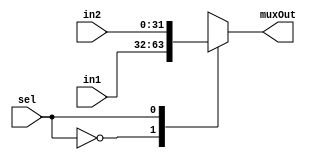
module mux2to1_32b(input [31:0] in1, input [31:0] in2, input sel, output reg [31:0] muxOut);  
  always@(in1 or in2 or sel)
    case (sel)
      1'b0: muxOut=in1;
      1'b1: muxOut=in2;
    endcase 
endmodule